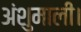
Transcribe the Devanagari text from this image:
अंशुमाली।